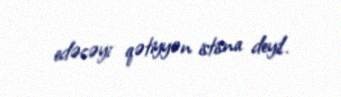
edəcəyi qətiyyən istisna deyil.